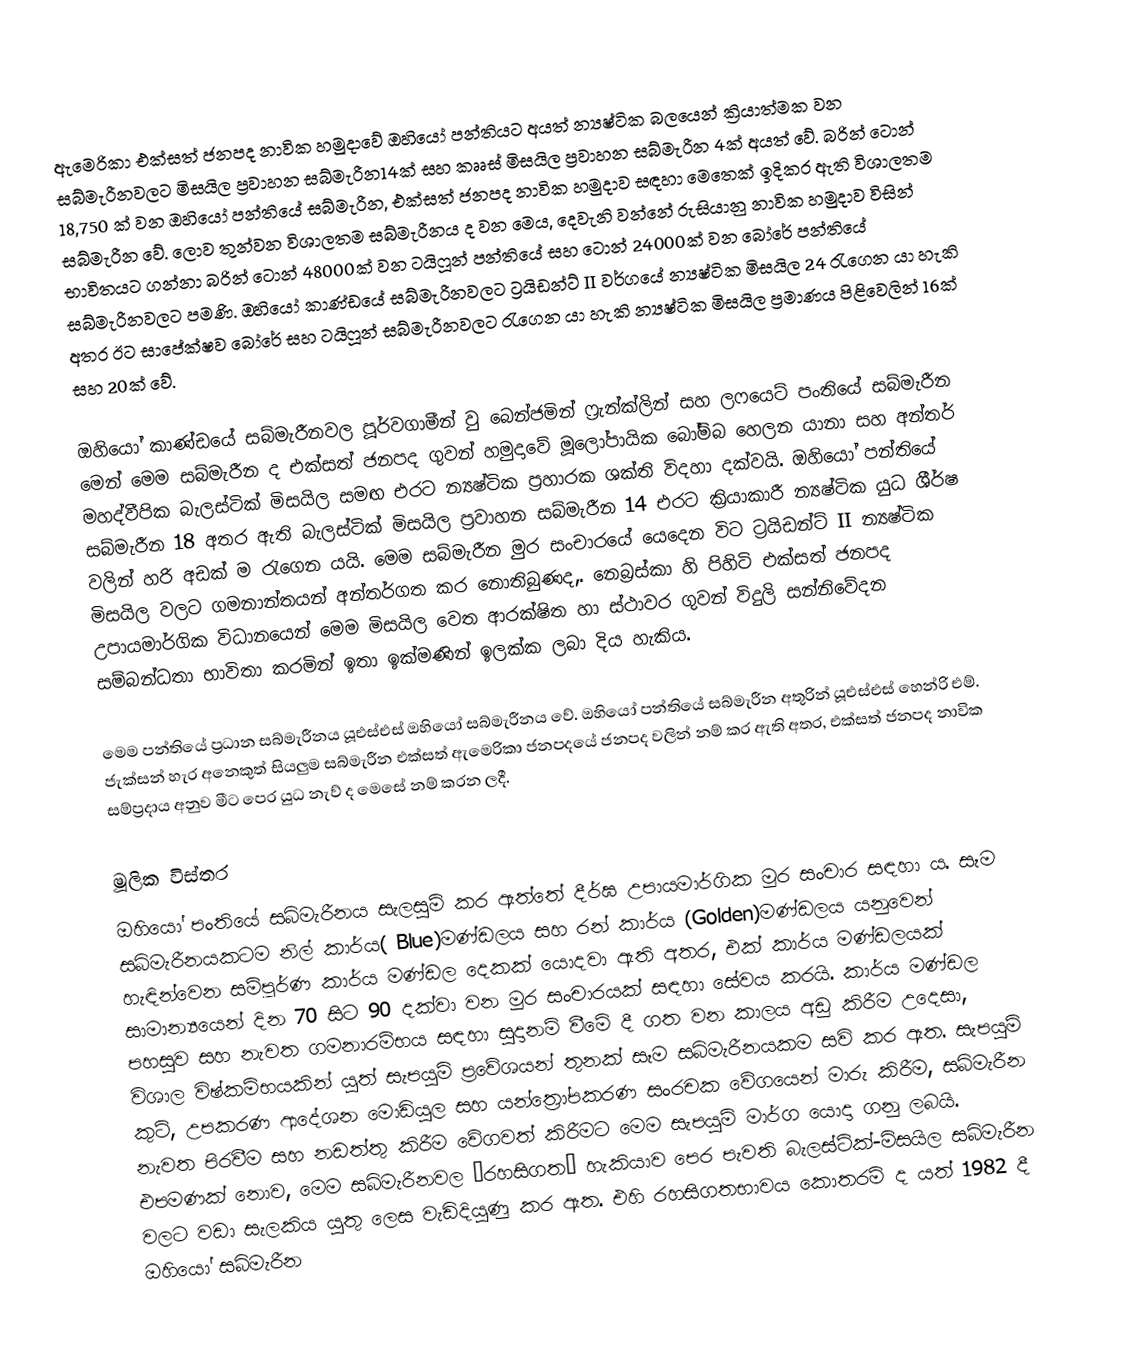
ඇමෙරිකා එක්සත් ජනපද නාවික හමුදාවේ ඔහියෝ පන්තියට අයත් න්‍යෂ්ටික බලයෙන් ක්‍රියාත්මක වන සබ්මැරීනවලට මිසයිල ප්‍රව‍ාහන සබ්මැරීන14ක් සහ කෲස් මිසයිල ප්‍රව‍ාහන සබ්මැරීන 4ක් අයත් වේ. බරින් ටොන් 18,750 ක් වන ඔහියෝ පන්තියේ සබ්මැරීන, එක්සත් ජනපද නාවික හමුදාව සඳහා මෙතෙක් ඉදිකර ඇති විශාලතම සබ්මැරීන වේ. ලොව තුන්වන විශාලතම සබ්මැරීනය ද වන මෙය, දෙවැනි වන්නේ රුසියානු නාවික හමුදාව විසින් භාවිතයට ගන්නා බරින් ටොන් 48000ක් වන ටයිෆූන් පන්ති‌යේ සහ ටොන් 24000ක් වන බෝරේ පන්තියේ සබ්මැරීනවලට පමණි. ඔහියෝ කාණ්ඩයේ සබ්මැරීනවලට ට්‍රයිඩන්ට් II වර්ගයේ න්‍යෂ්ටික මිසයිල 24 රැගෙන යා හැකි අතර ඊට සාපේක්ෂව බෝරේ සහ ටයිෆූන් සබ්මැරීනවලට රැගෙන යා හැකි න්‍යෂ්ටික මිසයිල ප්‍රමාණය පිළිවෙලින් 16ක් සහ 20ක් වේ.

ඔහියෝ කාණ්ඩයේ සබ්මැරීනවල පූර්වගාමීන් වු බෙන්ජමින් ෆ්‍රැන්ක්ලින් සහ ලෆයෙට් පංතියේ සබ්මැරීන මෙන් මෙම සබ්මැරීන ද එක්සත් ජනපද ගුවන් හමුදාවේ මූලෝපායික බෝම්බ හෙලන යානා සහ අන්තර් මහද්වීපික බැලස්ටික් මිසයිල සමඟ එරට න්‍යෂ්ටික ප්‍රහාරක ශක්ති විදහා දක්වයි.   ඔහියෝ පන්තියේ සබ්මැරීන 18 අතර ඇති බැලස්ටික් මිසයිල ප්‍රව‍ාහන සබ්මැරීන 14 එරට ක්‍රියාකාරී න්‍යෂ්ටික යුධ ශීර්ෂ වලින් හරි අඩක් ම රැගෙන යයි. මෙම සබ්මැරීන මුර සංචාරයේ යෙදෙන විට ට්‍රයිඩන්ට් II න්‍යෂ්ටික මිසයිල වලට ගමනාන්තයන් අන්තර්ගත කර නොතිබුණද,. නෙබ්‍රස්කා හි පිහිටි එක්සත් ජනපද උපායමාර්ගික විධානයෙන් මෙම මිසයිල වෙත ආරක්ෂිත හා ස්ථාවර ගුවන් විදුලි සන්නිවේදන සම්බන්ධතා භාවිතා කරමින් ඉතා ඉක්මණින් ඉලක්ක ලබා දිය හැකිය.

මෙම පන්තියේ ප්‍රධාන  සබ්මැරීනය යූඑස්එස් ඔහියෝ සබ්මැරීනය වේ. ඔහියෝ පන්තියේ සබ්මැරීන අතුරින් යූඑස්එස් හෙන්රි එම්. ජැක්සන් හැර අනෙකුත් සියලුම සබ්මැරීන එක්සත් ඇමෙරිකා ජනපදයේ  ජනපද වලින් නම් කර ඇති අතර, එක්සත් ජනපද නාවික සම්ප්‍රදාය අනුව මීට පෙර යුධ නැව් ද මෙසේ නම් කරන ලදී.

මූලික විස්තර
ඔහියෝ පංතියේ සබ්මැරීනය සැලසුම් කර ඇත්තේ දීර්ඝ උපායමාර්ගික මුර සංචාර සඳහා ය. සෑම සබ්මැරීනයකටම නිල් කාර්ය( Blue)මණ්ඩලය සහ රන් කාර්ය (Golden)මණ්ඩලය යනුවෙන් හැඳින්වෙන සම්පූර්ණ කාර්ය මණ්ඩල දෙකක් යොදවා ඇති අතර, එක් කාර්ය මණ්ඩලයක් සාමාන්‍යයෙන් දින 70 සිට 90 දක්වා වන මුර සංචාරයක් සඳහා සේවය කරයි. කාර්ය මණ්ඩල පහසුව සහ නැවත ගමනාරම්භය සඳහා සුදානම් වීමේ දී ගත වන කාලය අඩු කිරීම උදෙසා, විශාල විෂ්කම්භයකින් යුත්  සැපයුම් ප්‍රවේශයන් තුනක් සෑම සබ්මැරීනයකම  සවි කර ඇත. සැපයුම් කුටි, උපකරණ ආදේශන මොඩියුල සහ යන්ත්‍රෝපකරණ සංරචක වේගයෙන් මාරු කිරීම, සබ්මැරීන නැවත පිරවීම සහ නඩත්තු කිරීම වේගවත් කිරීමට මෙම සැපයුම් මාර්ග යොදා ගනු ලබයි. එපමණක් නොව, මෙම සබ්මැරීනවල “රහසිගත” හැකියාව පෙර පැවති බැලස්ටික්-මිසයිල සබ්මැරීන වලට වඩා සැලකිය යුතු ලෙස වැඩිදියුණු කර ඇත. එහි රහසිගතභාවය කොතරම් ද යත් 1982 දී ඔහියෝ සබ්මැරීන